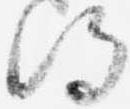
得